Report on vaccination in Madras 1895-1903 - 1895-1903
Year: 1895
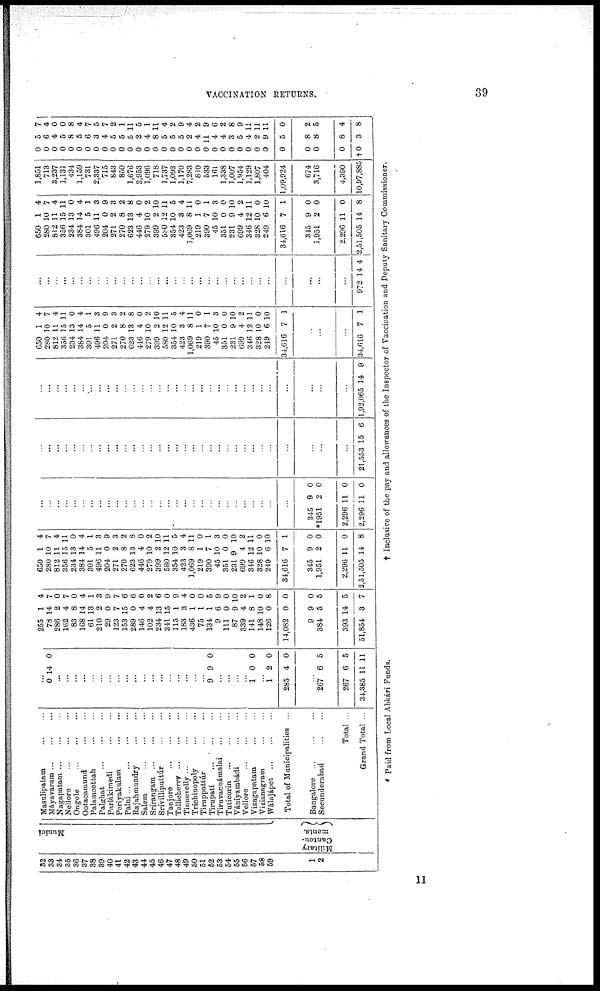
VACCINATION RETURNS.
39
32
33
34
35
36
37
33
39
40
41
42
43
44
45
46
47
48
49
50
51
52
53
54
55
56
57
58
59
1
2
Munici
Military
Canton¬
ments.
Masulipatam ... ...
Máyavaram ...
...
...
Nagapatam
...
...
...
Nellore
...
...
...
Ongole
...
...
...
Ootacamund ... ...
Palamcottah ... ...
Palghat
...
...
...
Parlákimedi
...
...
Periyakulam
...
...
Palni
...
...
...
...
Rajahmundry
...
...
Salem
...
...
...
Srírangam
...
...
...
Srívillipattúr ... ...
Tanjore
...
...
...
Tellioherry
...
...
...
Tinnevelly ...
...
...
Trichinopoly ... ...
Tiruppattúr ... ...
Tirupati
...
...
...
Timvannámalai
...
...
Tuticorin
...
...
...
Vániyambádi ... ...
Vellore ... ... ...
Vizagapatam ... ...
Vizianagram ... ...
Wálajápet
...
...
...
Total of Municipalities ...
Bangalore
...
...
...
Secunderabad
...
...
Total ...
Grand Total ...
...
0 14 0
...
...
...
...
...
...
...
...
...
...
...
...
...
...
...
...
...
...
9 9 0
...
...
...
...
1 0 0
...
1 2
285 4
0
0
...
267
267
34,385
6
6
11
5
5
11
255
78
286
162
83
168
61
210
29
123
153
289
146
102
234
341
115
183
436
75
134
9
111
87
339
141
148
126
14,082
9
384
393
51,854
1
14
2
4
8
14
13
2
0
7
15
0
4
4
13
15
1
3
1
1
1
6
0
9
4
8
10
0
0
9
5
14
3
4
7
0
7
0
4
1
3
9
7
6
6
0
2
6
0
9
4
0
0
5
9
0
10
2
1
0
8
0
0
5
5
7
650
280
812
356
234
384
301
496
204
271
270
623
446
279
399
580
354
423
1,069
219
390
45
351
231
699
346
328
249
34,616
345
1,951
2,296
2,51,505
1
10
11
15
13
14
5
11
0
2
8
13
4
10
2
12
10
3
8
1
7
10
0
9
4
12
10
6
7
9
2
11
14
4
7
4
11
0
4
1
3
9
3
2
8
0
2
10
11
5
4
11
0
1
3
0
10
2
11
0
10
1
0
0
0
8
...
...
...
...
...
...
...
...
...
...
...
...
...
...
...
...
...
...
...
...
...
...
...
...
...
...
...
...
...
345
*1951
2,296
2,296
9
2
11
11
0
0
0
0
...
...
...
...
...
...
...
...
...
...
...
...
...
...
...
...
...
...
...
...
...
...
...
...
...
...
...
...
...
...
...
...
21,553 15 6
...
...
...
...
...
...
...
...
...
...
...
...
...
...
...
...
...
...
...
...
...
...
...
...
...
...
...
...
...
...
...
...
1,92,065 14 9
650
280
812
356
234
384
301
496
204
271
270
623
446
279
399
580
354
423
1,069
219
390
45
351
231
699
346
328
219
34,616
1
10
11
15
13
14
5
11
0
2
8
13
4
10
2
12
10
3
8
1
7
10
0
9
4
12
10
6
7
4
7
4
11
0
4
1
3
9
3
2
8
0
2
10
11
5
4
11
0
1
3
0
10
2
11
0
10
1
...
...
...
34,616 7 1
...
...
...
...
...
...
...
...
...
...
...
...
...
...
...
...
...
...
...
...
...
...
...
...
...
...
...
...
...
...
...
...
972 14 4
650
280
812
356
234
384
301
496
204
271
270
623
446
279
399
580
354
423
1,069
219
390
45
351
231
699
346
328
249
34,616
345
1,951
2,296
2,51,505
1
10
11
15
13
14
5
11
0
2
8
13
4
10
2
12
10
3
8
1
7
10
0
9
4
12
10
6
7
9
2
11
14
4
7
4
11
0
4
1
3
9
3
2
8
0
2
10
11
5
4
11
0
1
3
0
10
2
11
0
10
1
0
0
0
8
1,851
713
3,237
1,131
434
1,159
731
2,337
715
843
850
1,676
2,953
1,096
718
1,737
1,093
1,170
7,283
810
533
161
1,338
1,007
1,954
1,129
1,807
404
1,09,924
674
3,716
4,390
10,97,885
0
0
0
0
0
0
0
0
0
0
0
0
0
0
0
0
0
0
0
0
0
0
0
0
0
0
0
0
0
0
0
0
†0
5
6
4
5
8
5
6
3
4
5
5
5
2
4
8
5
5
5
2
4
11
4
4
3
5
4
2
9
5
8
8
8
3
7
4
0
0
8
4
7
5
7
2
1
11
5
1
11
4
2
9
4
2
9
6
2
8
9
11
11
11
0
2
5
4
8
* Paid from Local Abkári Funds.
† Inclusive of the pay and allowances of the Inspector of Vaccination and Deputy Sanitary Commissioner.
11